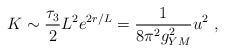
\begin{align*}K \sim \frac{\tau_3}{2} L^2 e^{2r/L} = \frac{1}{8 \pi^2 g_{YM}^2} u^2\ ,\end{align*}